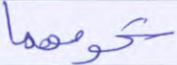
شحومهما